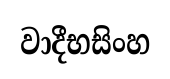
වාදීභසිංහ